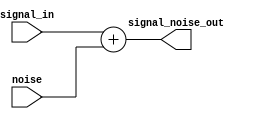
module sum_noise(input [23:0] signal_in, noise,
						output [23:0] signal_noise_out);
						
	assign signal_noise_out = signal_in + noise;
	
endmodule